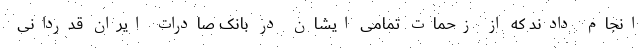
انجام دادند که از زحمات تمامی ایشان در بانک صادرات ایران قدردانی